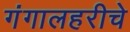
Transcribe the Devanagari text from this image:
गंगालहरीचे